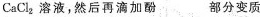
CaCl2溶液，然后再滴加酚 部分变质